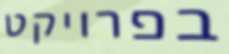
בפרויקט